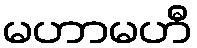
မဟာမဟီ